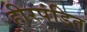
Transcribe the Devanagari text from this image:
हीरपंडित